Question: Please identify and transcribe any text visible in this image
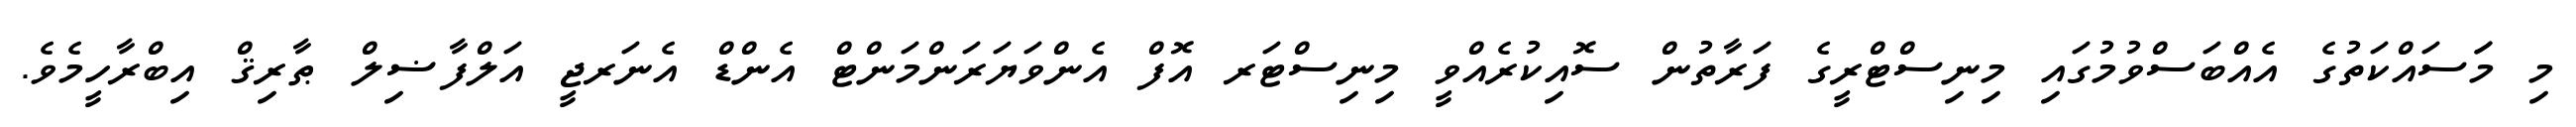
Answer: މި މަަސައްކަތުގެ އެއްބަސްވުމުގައި މިނިސްޓްރީގެ ފަރާތުން ސޮއިކުރެއްވީ މިނިސްޓަރ އޮފް އެންވަޔަރަންމަންޓް އެންޑް އެނަރޖީ އަލްފާޟިލް ޠާރިޤް އިބްރާހީމެވެ.